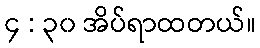
၄ : ၃၀ အိပ်ရာထတယ်။